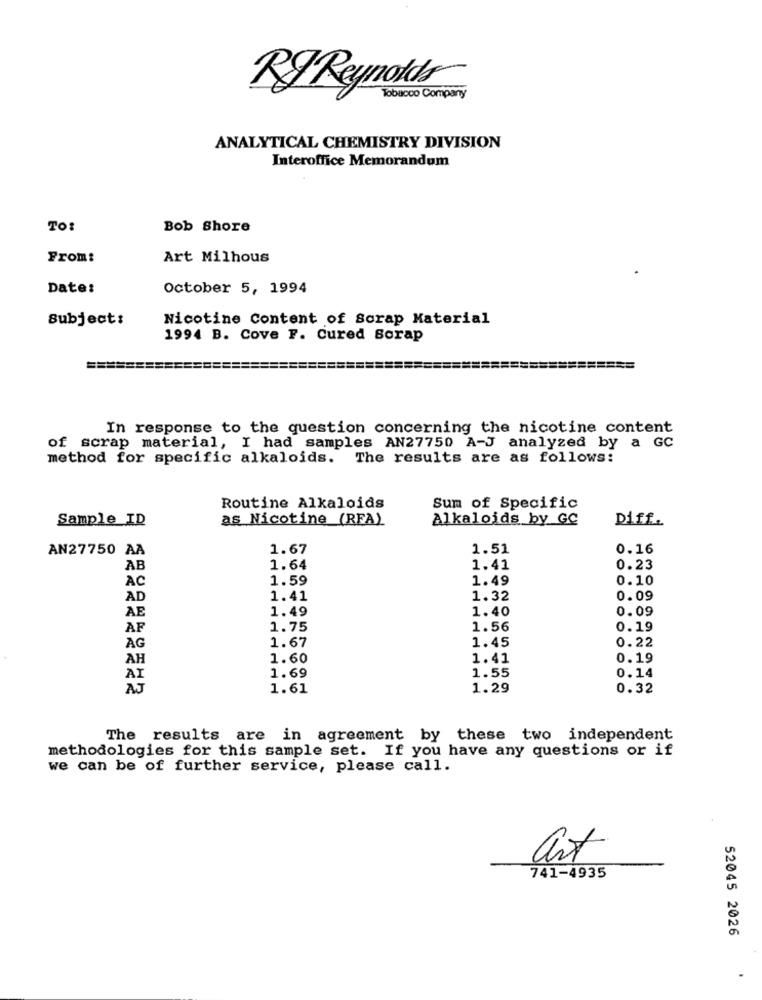
RF Reynolds
Tobacco Company
ANALYTICAL CHEMISTRY DIVISION
Interoffice Memorandum
TO:
Bob Shore
From:
Art Milhous
Date:
October 5, 1994
Subject:
Nicotine Content of Scrap Material
1994 B. Cove F. Cured Scrap
In response to the question concerning the nicotine content
of scrap material, I had samples AN27750 A-J analyzed by a GC
method for specific alkaloids. The results are as follows:
Routine Alkaloids
Sum of Specific
Sample_ID
as Nicotine (RFA)
Alkaloids by GC
Diff.
AN27750 AA
1.67
1.51
0.16
AB
1.64
1.41
0.23
AC
1.59
1.49
0.10
AD
1.41
1.32
0.09
1.49
1.40
0.09
AE
AF
1.75
1.56
0.19
1.67
AG
1.45
0.22
AH
1.60
1.41
0.19
1.69
1.55
0.14
AI
AJ
1.61
1.29
0.32
The results are in agreement by these two independent
methodologies for this sample set. If you have any questions or if
we can be of further service, please call.
art
741-4935
52045 2026